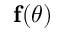
\mathbf f ( \theta )